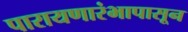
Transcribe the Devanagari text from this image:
पारायणारंभापासून